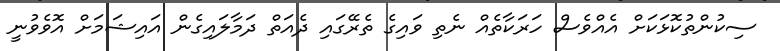
ސިކުންތުކޮޅަކަށް އެއްވެސް ހަރަކާތެއް ނެތި ވައިގެ ތެރޭގައި ދެއަތް ދަމާލައިގެން އައިޝަމަށް އޮވެވުނީ